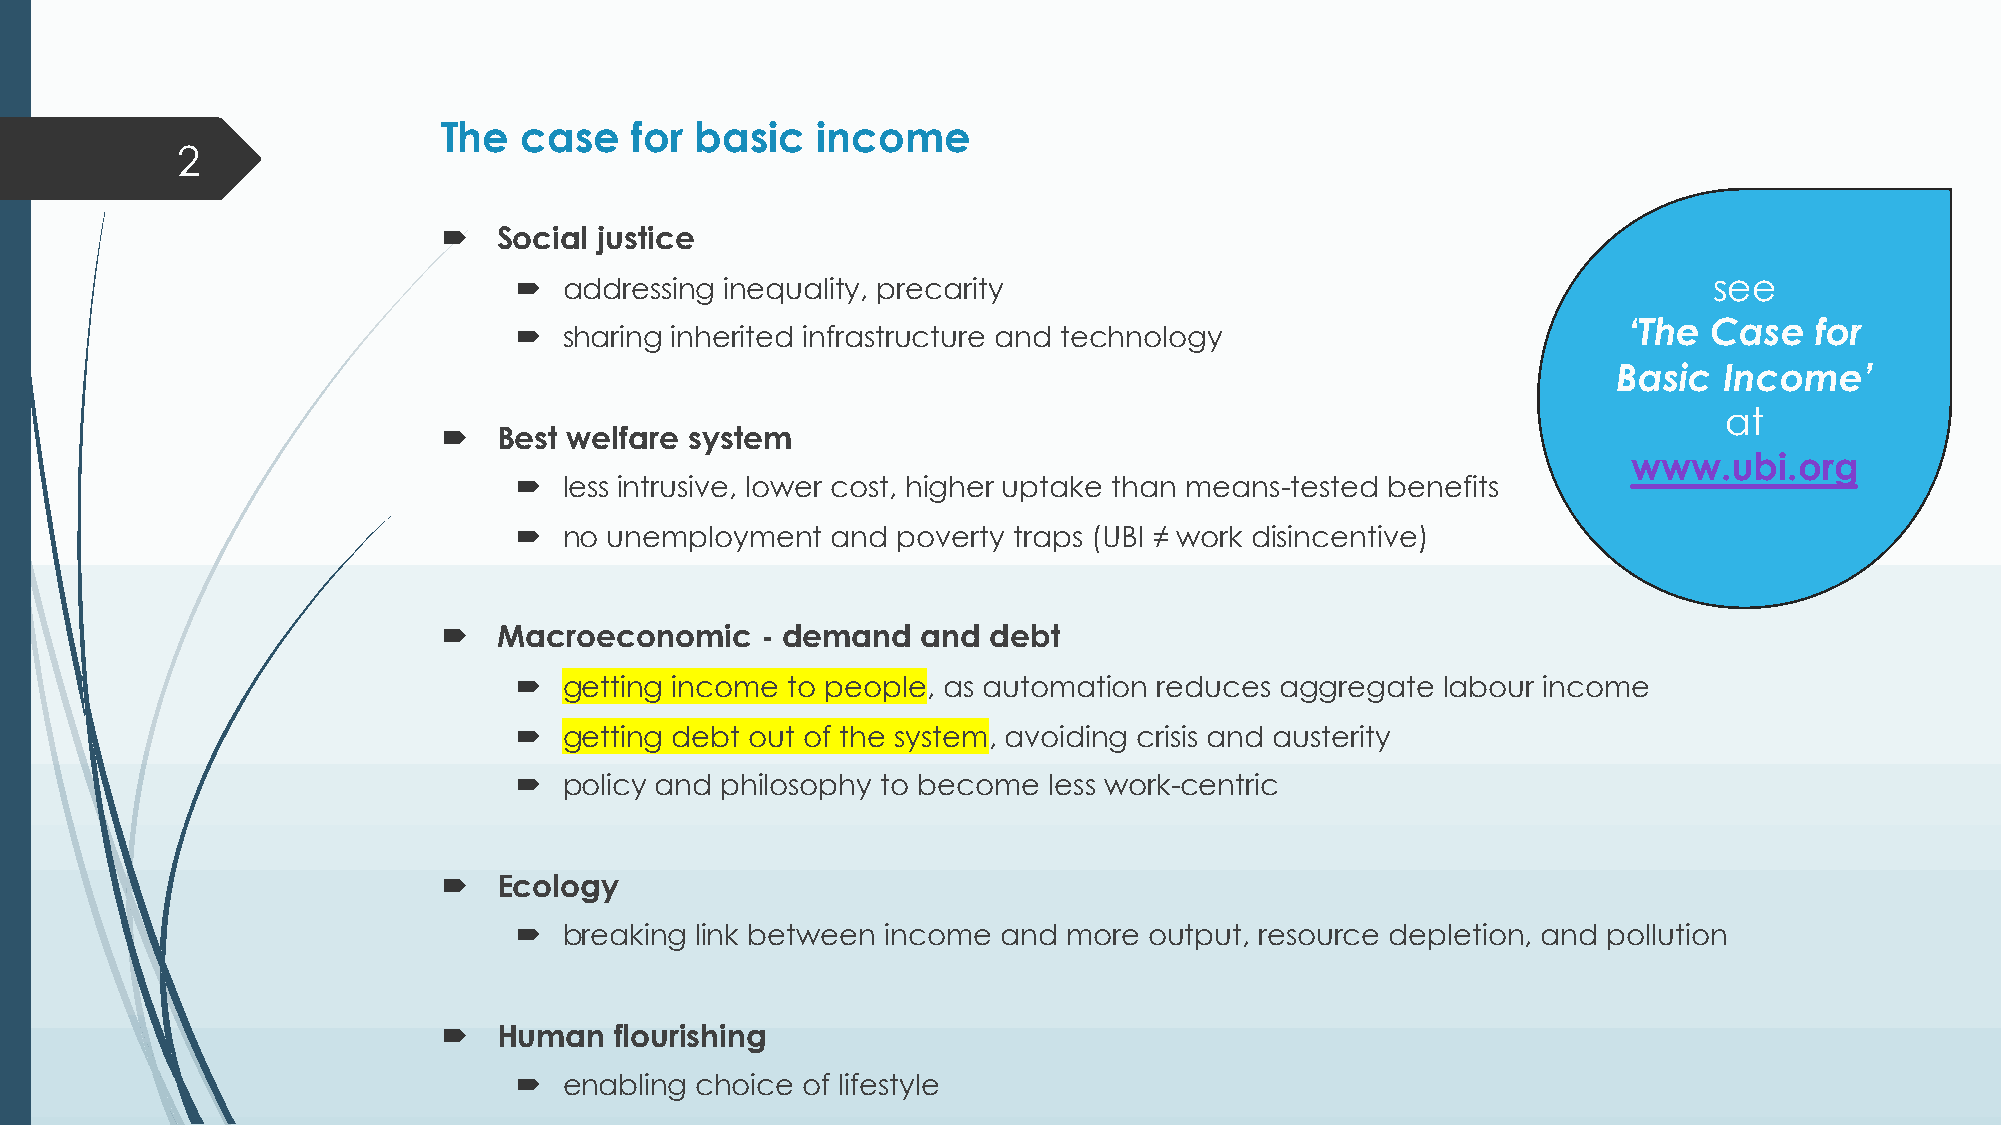
The  case    for basic   income
 2
 ´   Social justice
 ´  addressing inequality, precarity                                            see
 ‘The Case   for
 ´  sharing inherited infrastructure and technology
 Basic  Income’
 at
 ´   Best welfare system
 www.ubi.org
 ´  less intrusive, lower cost, higher uptake than means-tested benefits
 ´  no unemployment   and poverty traps (UBI ≠ work disincentive)
 ´   Macroeconomic    - demand   and  debt
 ´  getting income to people, as automation reduces aggregate  labour income
 ´  getting debt out of the system, avoiding crisis and austerity
 ´  policy and philosophy to become less work-centric
 ´   Ecology
 ´  breaking link between income and  more output, resource depletion, and pollution
 ´   Human   flourishing
 ´  enabling choice of lifestyle